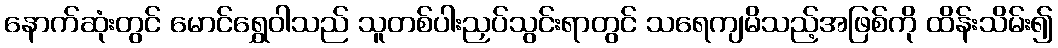
နောက်ဆုံးတွင် မောင်ရွှေဝါသည် သူတစ်ပါးညှပ်သွင်းရာတွင် သရေကျမိသည့်အဖြစ်ကို ထိန်းသိမ်း၍